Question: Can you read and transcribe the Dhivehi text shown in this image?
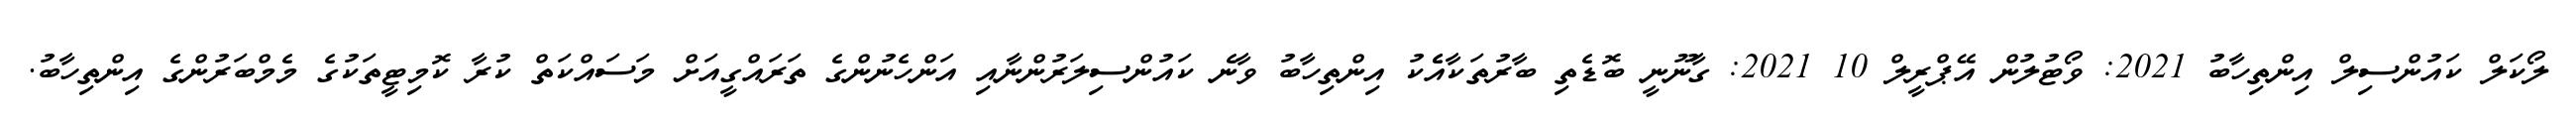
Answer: ލޯކަލް ކައުންސިލް އިންތިހާބު 2021: ވޯޓުލުން އޭޕްރީލް 10 2021: ގާނޫނީ ބޮޑެތި ބާރުތަކާއެެކު އިންތިހާބު ވާނެ ކައުންސިލަރުންނާއި އަންހެނުންގެ ތަރައްގީއަށް މަސައްކަތް ކުރާ ކޮމިޓީތަކުގެ މެމްބަރުންގެ އިންތިހާބު.